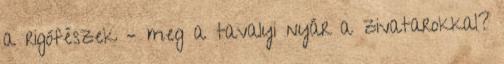
a rigófészek – meg a tavalyi nyár a zivatarokkal?